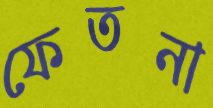
ফেতনা